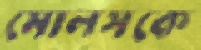
মোলসকে